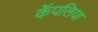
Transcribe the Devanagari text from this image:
कॅपलिया